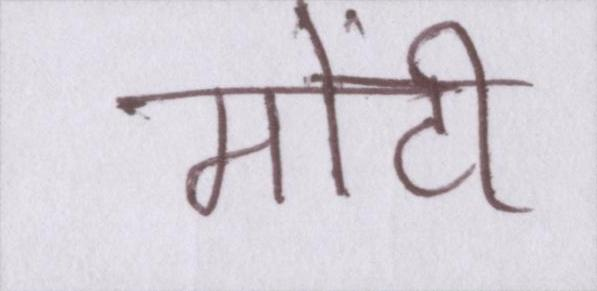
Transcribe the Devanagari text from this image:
मोंटी